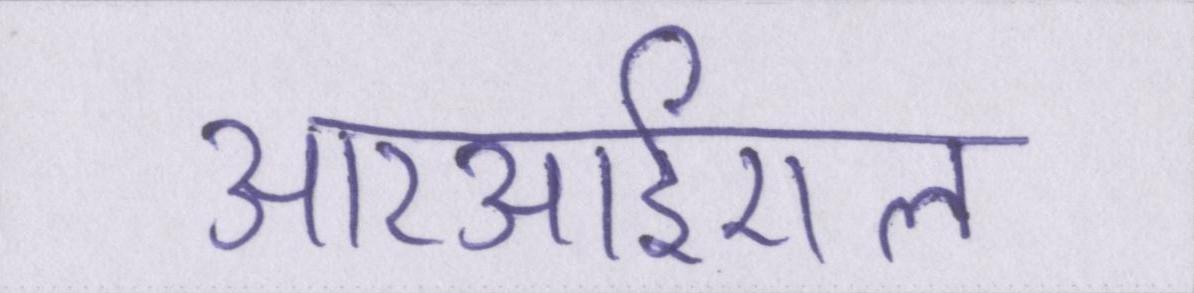
आरआईएल